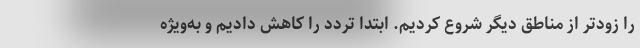
را زودتر از مناطق دیگر شروع کردیم. ابتدا تردد را کاهش دادیم و به‌ویژه